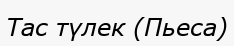
Тас түлек (Пьеса)